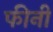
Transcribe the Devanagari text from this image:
फीनी